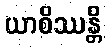
ယာစိဿန္တိ